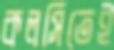
কলসিতেই